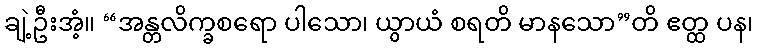
ချဲ့ဦးအံ့။ “အန္တလိက္ခစရော ပါသော၊ ယွာယံ စရတိ မာနသော”တိ ဧတ္ထ ပန၊